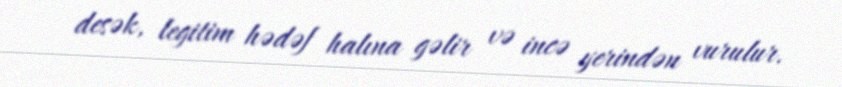
desək, legitim hədəf halına gəlir və incə yerindən vurulur.